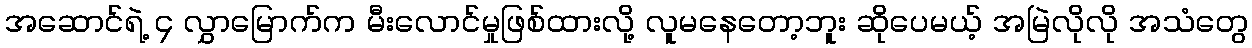
အဆောင်ရဲ့ ၄ လွှာမြောက်က မီးလောင်မှုဖြစ်ထားလို့ လူမနေတော့ဘူး ဆိုပေမယ့် အမြဲလိုလို အသံတွေ